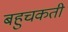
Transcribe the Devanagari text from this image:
बहुचकती